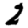
Digit: 2